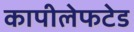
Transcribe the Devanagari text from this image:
कापीलेफटेड